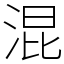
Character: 混